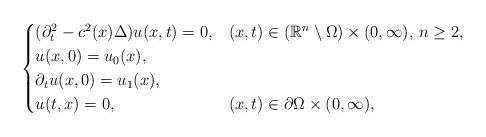
LaTeX: \begin{align*} \begin{cases}(\partial_t^2 - c^2(x)\Delta) u(x,t) = 0, & (x,t) \in \left(\mathbb{R}^n \setminus \Omega \right) \times (0, \infty), \, n \ge 2, \\ u(x,0) = u_0(x),\\ \partial_t u(x,0) = u_1(x), \\ u(t,x) = 0, & (x,t) \in \partial \Omega \times (0,\infty),\end{cases}\end{align*}